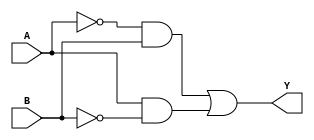
module combinational_logic (
    input wire A,     // Primary input A
    input wire B,     // Primary input B
    output wire Y     // Output Y
);

// Combinational logic implementation
assign Y = (~A & B) | (A & ~B); // Y = A'B + AB'

endmodule